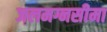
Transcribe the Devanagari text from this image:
जलमग्नसीमा